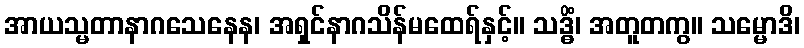
အာယသ္မတာနာဂသေနေန၊ အရှင်နာဂသိန်မထေရ်နှင့်။ သဒ္ဓိံ၊ အတူတကွ။ သမ္မောဒိ၊